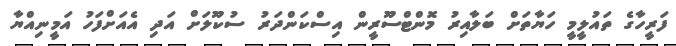
ފަރީހާގެ ތައުލީމީ ހަޔާތަށް ބަލާއިރު މޮންޓްސޫރީން އިސްކަންދަރު ސުކޫލަށް އަދި އެއަށްފަހު އަމީނިއްޔާ